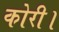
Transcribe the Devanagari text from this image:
कोरी।